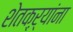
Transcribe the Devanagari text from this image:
शेतक्ऱ्यांना